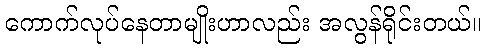
ကောက်လုပ်နေတာမျိုးဟာလည်း အလွန်ရိုင်းတယ်။